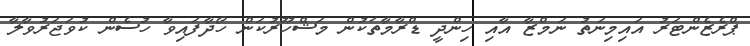
ޕްރެޒެންޓަރު އައިމިނަތު ނަމްޒާ އާއި ހިންދީ ޑްރާމާތަކުން މަޝްހޫރުކަން ހޯދާފައިވާ ހުސެން ކުވަޖަރުވާލާ